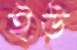
ইউ